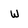
Character: w